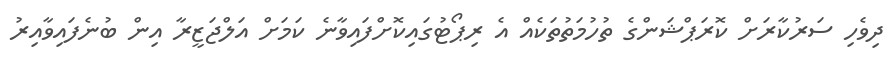
ދިވެހި ސަރުކާރަށް ކޮރަޕްޝަންގެ ތުހުމަތުތަކެއް އެ ރިޕޯޓުގައިކޮށްފައިވާނެ ކަމަށް އަލްޖަޒީރާ އިން ބުނެފައިވާއިރު